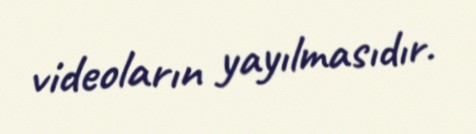
videoların yayılmasıdır.